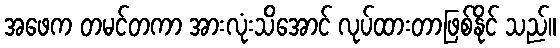
အဖေက တမင်တကာ အားလုံးသိအောင် လုပ်ထားတာဖြစ်နိုင် သည်။